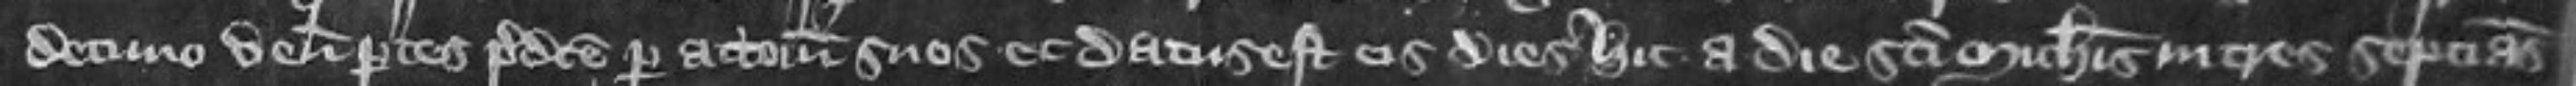
decimo veniunt partes predicte per attornatos suos et datus est eis dies hic a die Sancti Michaelis in tres septimanas